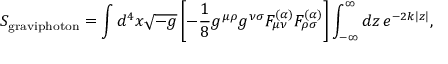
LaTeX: S _ { \mathrm { g r a v i p h o t o n } } = \int d ^ { 4 } x \sqrt { - g } \left[ - \frac { 1 } { 8 } g ^ { \mu \rho } g ^ { \nu \sigma } F _ { \mu \nu } ^ { ( \alpha ) } F _ { \rho \sigma } ^ { ( \alpha ) } \right] \int _ { - \infty } ^ { \infty } d z \, e ^ { - 2 k | z | } ,